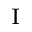
_ \mathrm { I }